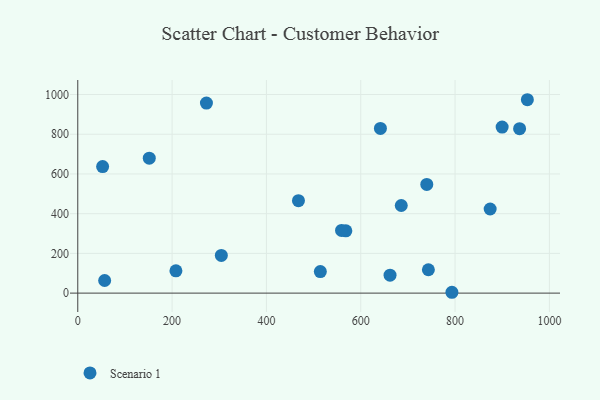
{"axis": {"x": "Price", "y": "Salary"}, "legend": ["Scenario 1"], "data": [{"x": "899.8", "y": 835.9, "type": "Scenario 1"}, {"x": "151.6", "y": 679.3, "type": "Scenario 1"}, {"x": "953.3", "y": 973.7, "type": "Scenario 1"}, {"x": "874.4", "y": 423.4, "type": "Scenario 1"}, {"x": "304.4", "y": 189.6, "type": "Scenario 1"}, {"x": "568.4", "y": 313.8, "type": "Scenario 1"}, {"x": "514.3", "y": 108.3, "type": "Scenario 1"}, {"x": "52.7", "y": 636.9, "type": "Scenario 1"}, {"x": "740.0", "y": 547.1, "type": "Scenario 1"}, {"x": "662.1", "y": 90.1, "type": "Scenario 1"}, {"x": "208.1", "y": 112.2, "type": "Scenario 1"}, {"x": "272.8", "y": 956.6, "type": "Scenario 1"}, {"x": "559.3", "y": 315.5, "type": "Scenario 1"}, {"x": "793.3", "y": 4.2, "type": "Scenario 1"}, {"x": "641.7", "y": 829.0, "type": "Scenario 1"}, {"x": "467.9", "y": 465.2, "type": "Scenario 1"}, {"x": "57.0", "y": 63.4, "type": "Scenario 1"}, {"x": "936.8", "y": 828.1, "type": "Scenario 1"}, {"x": "685.9", "y": 441.2, "type": "Scenario 1"}, {"x": "743.4", "y": 117.6, "type": "Scenario 1"}]}